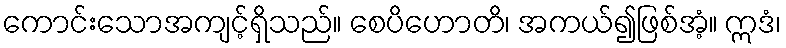
ကောင်းသောအကျင့်ရှိသည်။ စေပိဟောတိ၊ အကယ်၍ဖြစ်အံ့။ ဣဒံ၊